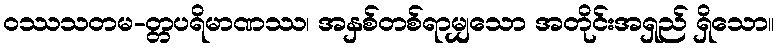
ဝဿသတမ-တ္တပရိမာဏဿ၊ အနှစ်တစ်ရာမျှသော အတိုင်းအရှည် ရှိသော။